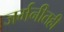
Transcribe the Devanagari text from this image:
जर्मनीतही